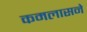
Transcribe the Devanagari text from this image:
कमलासने